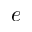
e